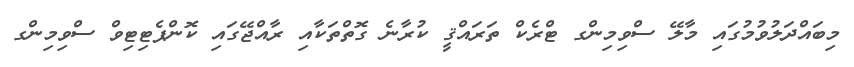
މިބައްދަލުވުމުގައި މާލޭ ސްވިމިންގ ޓްރެކް ތަރައްޤީ ކުރާނެ ގޮތްތަކާއި ރާއްޖޭގައި ކޮންޕެޓިޓިވް ސްވިމިންގ